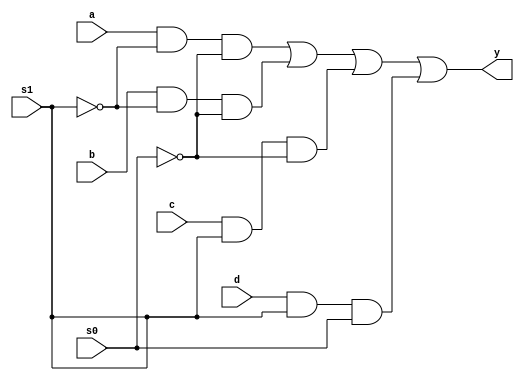
//mux gate level design
module mux4g(y,a,b,c,d,s1,s0);
output y;
input a,b,c,d,s1,s0;
wire s0bar,s1bar,w1,w2,w3,w4;
not(s1bar,s1);
not(s0bar,s0);
and (w1,a,s1bar,s0bar),(w2,b,s1bar,s0bar), (w3,c,s1,s0bar), (w4,d,s1,s0);
or(y,w1,w2,w3,w4);
endmodule

//mux data flow level design
module mux4d(y,a,b,c,d,s1,s0);
output y;
input a,b,c,d,s1,s0;
assign y = ((a & ~s1 & ~s0) | (b & ~s1 & s0) | (c & s1 & ~s0) | (d & s1 & s0));
endmodule

//mux 2 to 1 gate level
module mux2to1g(y,I0,I1,s0);
output y;
input I0,I1,s0;
wire y;
wire w1,w2;
not(s0b,s0);
and(w1,I0,s0);
and(w2,I1,s0b);
or(y,w1,w1);
endmodule

//mux 2 to 1 data flow model
module mux2to1d(y,I0,I1,s0);
output y;
input I0,I1,s0;
wire y;
not(s0b,s0);
assign y = (I0&s0)|(I1&s0b);
endmodule

//*mux4g m1(.y(w1),.a(I0),.b(I1),.c(I2),.d(I3),.s1(s1),.s0(s2));mux4g m2(.y(w2),.a(I4),.b(I5),.c(I6),.d(I7),.s1(s1),.s0(s2));mux2to1 m3(.y(y),.I0(w1),.I1(w2),.s0(s0));